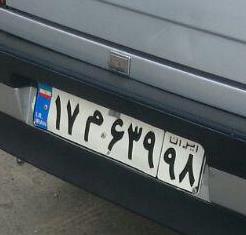
۱۷م۶۳۹۹۸